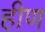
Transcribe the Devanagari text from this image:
हीण